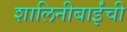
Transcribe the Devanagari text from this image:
शालिनीबाईंची